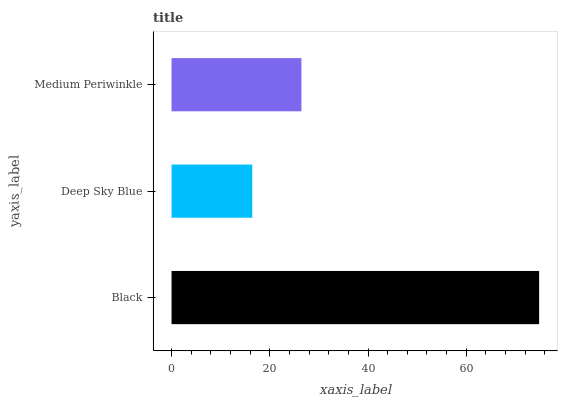
| yaxis_label | bars |
 | --- | --- |
 | Black | 74.8 |
 | Deep Sky Blue | 16.4 |
 | Medium Periwinkle | 26.4 |